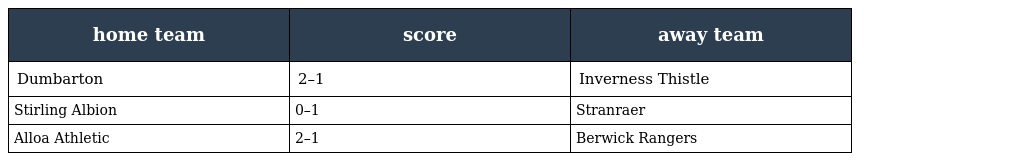
| home team | score | away team |
 | --- | --- | --- |
 | Dumbarton | 2–1 | Inverness Thistle |
 | Stirling Albion | 0–1 | Stranraer |
 | Alloa Athletic | 2–1 | Berwick Rangers |